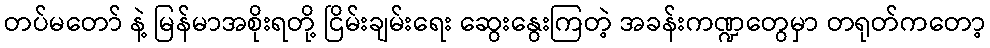
တပ်မတော် နဲ့ မြန်မာအစိုးရတို့ ငြိမ်းချမ်းရေး ဆွေးနွေးကြတဲ့ အခန်းကဏ္ဍတွေမှာ တရုတ်ကတော့